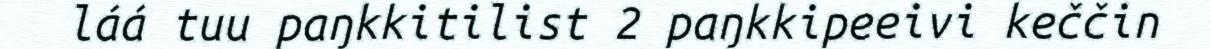
láá tuu paŋkkitilist 2 paŋkkipeeivi keččin